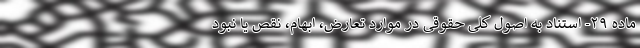
ماده ۲۹- استناد به اصول کلی حقوقی در موارد تعارض، ابهام، نقص یا نبود